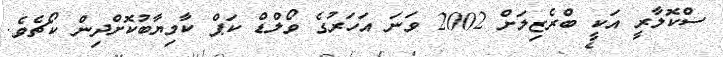
ސްކޮލާރީ އަކީ ބްރެޒިލަށް 2002 ވަނަ އަހަރުގެ ވޯލްޑް ކަޕް ކާމިޔާބުކޮށްދިން ކޯޗެވެ.